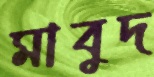
মাবুদ